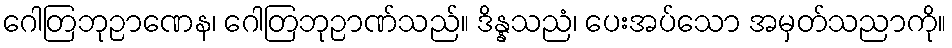
ဂေါတြဘုဉာဏေန၊ ဂေါတြဘုဉာဏ်သည်။ ဒိန္နသညံ၊ ပေးအပ်သော အမှတ်သညာကို။